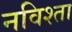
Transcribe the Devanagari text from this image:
नविश्ता